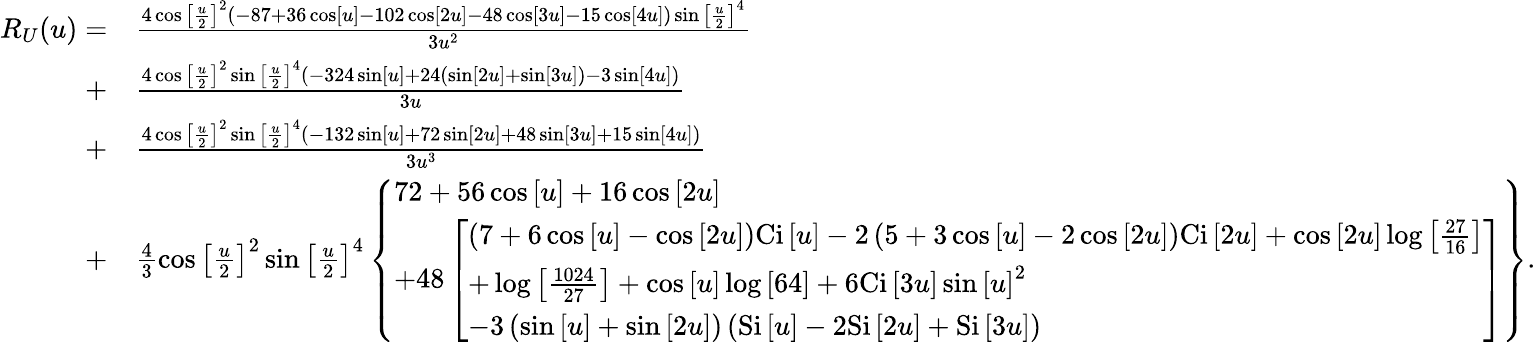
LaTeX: \begin{array}{rl}{{R_{U}}(u)=}&{\frac{{4\cos{{\left[{\frac{u}{2}}\right]}^{2}}\left({-87+36\cos\left[u\right]-102\cos\left[{2u}\right]-48\cos\left[{3u}\right]-15\cos\left[{4u}\right]}\right)\sin{{\left[{\frac{u}{2}}\right]}^{4}}}}{{3{u^{2}}}}}\\ {+}&{\frac{{4\cos{{\left[{\frac{u}{2}}\right]}^{2}}\sin{{\left[{\frac{u}{2}}\right]}^{4}}\left({-324\sin\left[u\right]+24\left({\sin\left[{2u}\right]+\sin\left[{3u}\right]}\right)-3\sin\left[{4u}\right]}\right)}}{{3u}}}\\ {+}&{\frac{{4\cos{{\left[{\frac{u}{2}}\right]}^{2}}\sin{{\left[{\frac{u}{2}}\right]}^{4}}\left({-132\sin\left[u\right]+72\sin\left[{2u}\right]+48\sin\left[{3u}\right]+15\sin\left[{4u}\right]}\right)}}{{3{u^{3}}}}}\\ {+}&{\frac{4}{3}\cos{\left[{\frac{u}{2}}\right]^{2}}\sin{\left[{\frac{u}{2}}\right]^{4}}\left\{ \begin{array}{l}{72+56\cos\left[u\right]+16\cos\left[{2u}\right]}\\ {+48\left[\begin{array}{l}{\left({7+6\cos\left[u\right]-\cos\left[{2u}\right]}\right)\mathrm{{Ci}}\left[u\right]-2\left({5+3\cos\left[u\right]-2\cos\left[{2u}\right]}\right){\mathrm{Ci}}\left[{2u}\right]+\cos\left[{2u}\right]\log\left[{\frac{{27}}{{16}}}\right]}\\ {+\log\left[{\frac{{1024}}{{27}}}\right]+\cos\left[u\right]\log\left[{64}\right]+6\mathrm{{Ci}}\left[{3u}\right]\sin{\left[u\right]^{2}}}\\ {-3\left({\sin\left[u\right]+\sin\left[{2u}\right]}\right)\left({{\mathrm{Si}}\left[u\right]-2\mathrm{{Si}}\left[{2u}\right]+{\mathrm{Si}}\left[{3u}\right]}\right)}\end{array}\right]}\end{array}\right\} .}\end{array}